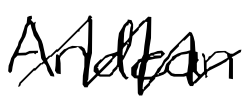
Text: Andean
Cross-out: zig-zag
Writing tool: digital_black